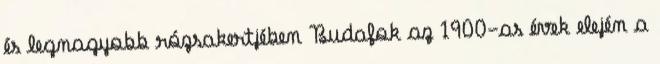
és legnagyobb rózsakertjében Budafok az 1900-as évek elején a